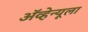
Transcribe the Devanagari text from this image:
ॲव्हेन्यूला